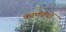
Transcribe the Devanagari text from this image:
करणग्रंथों